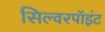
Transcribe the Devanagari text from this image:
सिल्वरपॉइंट